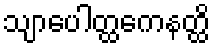
သျာပေါတ္ထကေနတ္ထိ